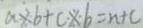
a \times b + c \times - b = n + c